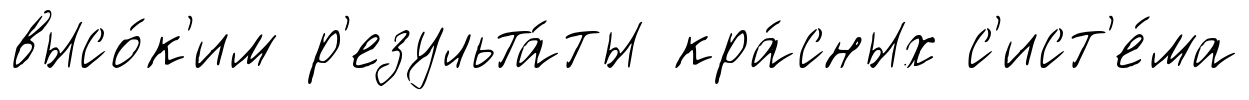
высо́к'им р'езульта́ты кра́сных с'ист'е́ма